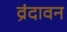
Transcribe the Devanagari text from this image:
व्रंदावन